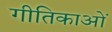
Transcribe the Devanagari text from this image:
गीतिकाओं